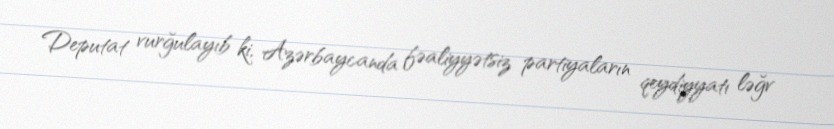
Deputat vurğulayıb ki, Azərbaycanda fəaliyyətsiz partiyaların qeydiyyatı ləğv